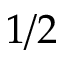
1 / 2